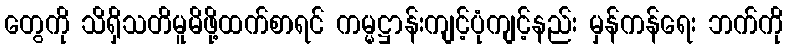
တွေကို သိရှိသတိမူမိဖို့ထက်စာရင် ကမ္မဋ္ဌာန်းကျင့်ပုံကျင့်နည်း မှန်ကန်ရေး ဘက်ကို